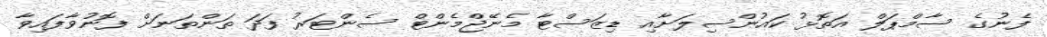
ފެނުގެ ސާމްޕަލް އަތޮޅު ކައުންސިލަށާއި ޑިޒަސްޓާ މެނޭޖްމެންޓް ސެންޓަރު ފަދަ ތަންތަނަށް ފޮނުވާފައިވާ